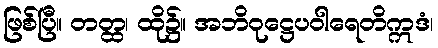
ဖြစ်ပြီ။ တတ္ထ၊ ထို၌။ အဘိဝုဋ္ဌေပဝါရေတိဣဒံ၊